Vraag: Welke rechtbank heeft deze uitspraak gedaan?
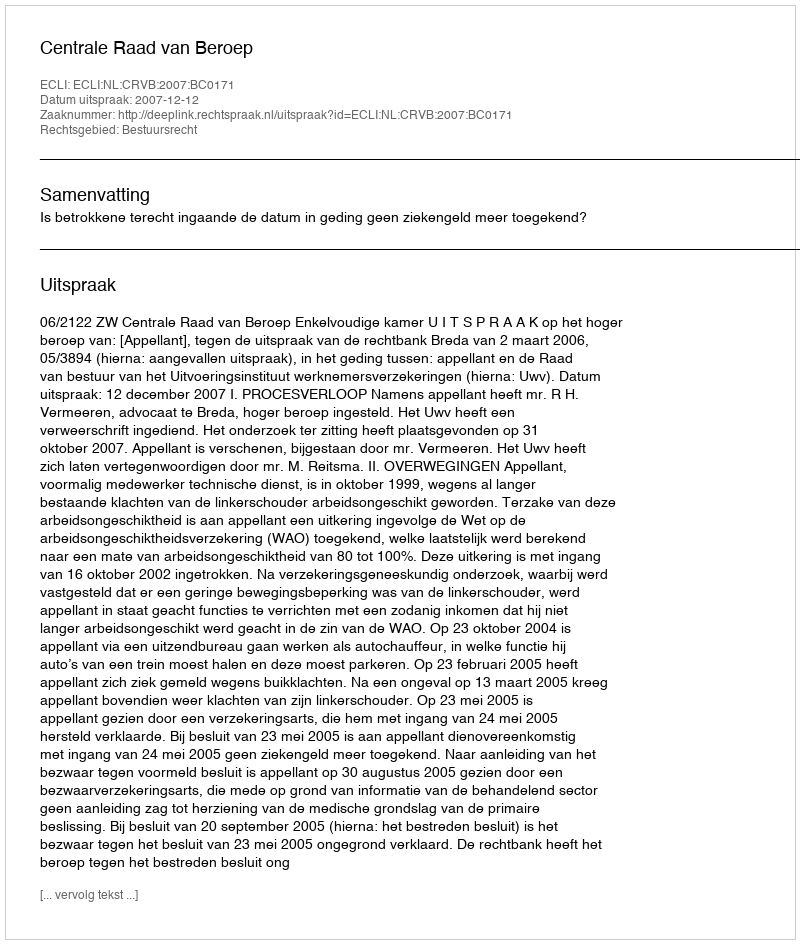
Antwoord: Centrale Raad van Beroep